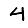
Digit: 4